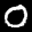
Label: 0